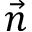
\vec { n }